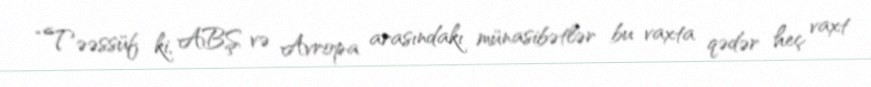
“Təəssüf ki, ABŞ və Avropa arasındakı münasibətlər bu vaxta qədər heç vaxt